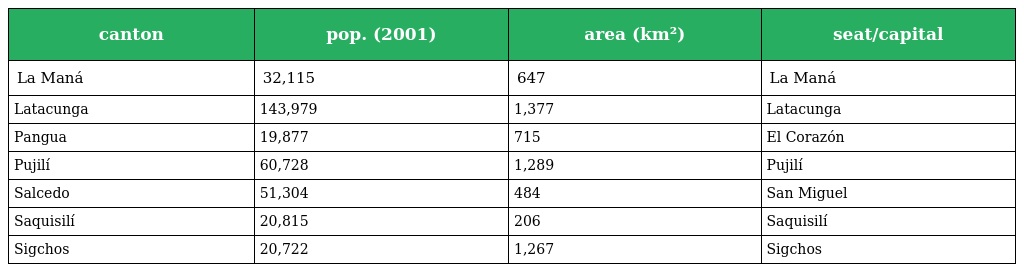
| canton | pop. (2001) | area (km²) | seat/capital |
 | --- | --- | --- | --- |
 | La Maná | 32,115 | 647 | La Maná |
 | Latacunga | 143,979 | 1,377 | Latacunga |
 | Pangua | 19,877 | 715 | El Corazón |
 | Pujilí | 60,728 | 1,289 | Pujilí |
 | Salcedo | 51,304 | 484 | San Miguel |
 | Saquisilí | 20,815 | 206 | Saquisilí |
 | Sigchos | 20,722 | 1,267 | Sigchos |